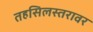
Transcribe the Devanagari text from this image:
तहसिलस्तरावर